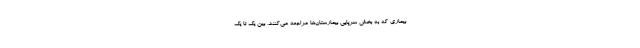
بیماری که به بخش سرپایی بیمارستان‌ها مراجعه می‌کنند، بین یک تا یک